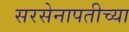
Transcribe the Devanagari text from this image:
सरसेनापतीच्या